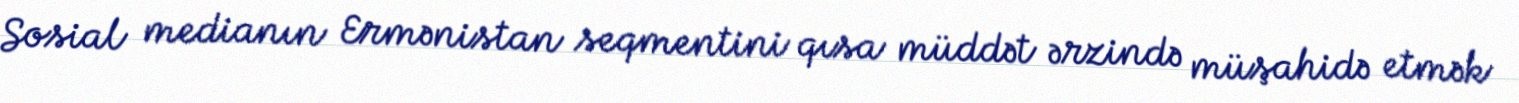
Sosial medianın Ermənistan seqmentini qısa müddət ərzində müşahidə etmək